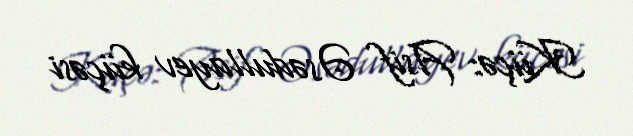
Küçə: Asif Əsədullayev küçəsi